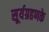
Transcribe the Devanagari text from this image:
सूर्यग्रहणके